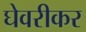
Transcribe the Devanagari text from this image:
घेवरीकर